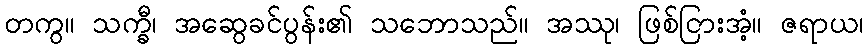
တကွ။ သက္ခီ၊ အဆွေခင်ပွန်း၏ သဘောသည်။ အဿု၊ ဖြစ်ငြားအံ့။ ဇရာယ၊